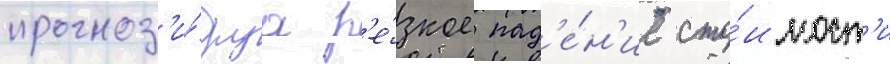
прогноз'и́руа р'е́зкое пад'е́н'ие сто́имост'и